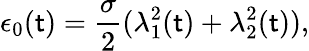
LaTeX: \epsilon_{0}(\mathsf{t})=\frac{{\sigma}}{{2}}(\lambda_{1}^{2}(\mathsf{t})+\lambda_{2}^{2}(\mathsf{t})),